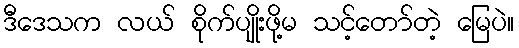
ဒီဒေသက လယ် စိုက်ပျိုးဖို့မ သင့်တော်တဲ့ မြေပဲ။